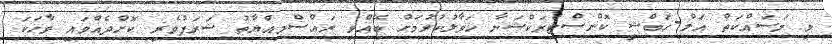
މި މަސައްކަތް އަލް-ހަބްޝީ ކޮންސްޓްރަކްޝަނާ ހަވާލުކުރުމަށް ބޭއްވި ރައްސްމިއްޔާތު ޝަރަފުވެރި ކޮށްދެއްވައި ވާހަކަ